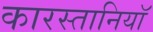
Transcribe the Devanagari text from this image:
कारस्तानियाॅ